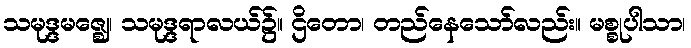
သမုဒ္ဒမဇ္ဈေ၊ သမုဒ္ဒရာလယ်၌။ ဌိတော၊ တည်နေသော်လည်း။ မစ္စုပါသာ၊